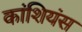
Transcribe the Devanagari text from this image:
कांशियंस